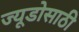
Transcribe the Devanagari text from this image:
ज्यूडोसाठी